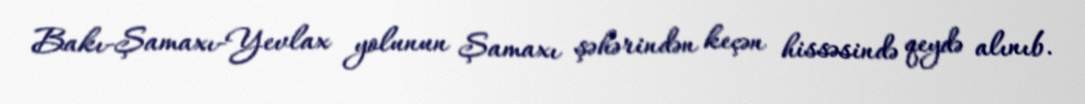
Bakı-Şamaxı-Yevlax yolunun Şamaxı şəhərindən keçən hissəsində qeydə alınıb.